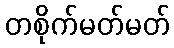
တစိုက်မတ်မတ်